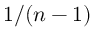
1 / ( n - 1 )